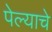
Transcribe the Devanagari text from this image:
पेल्याचे